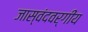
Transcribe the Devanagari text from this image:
जास्वंदवर्गीय